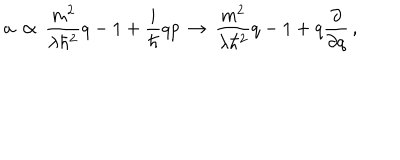
LaTeX: a \, \propto \, \frac { m ^ { 2 } } { \lambda \hbar ^ { 2 } } q - 1 + \frac { i } { \hbar } q p \, \rightarrow \, \frac { m ^ { 2 } } { \lambda \hbar ^ { 2 } } q - 1 + q \frac { \partial } { \partial q } \, ,